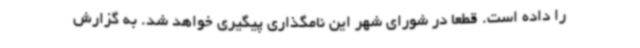
را داده است. قطعا در شورای شهر این نامگذاری پیگیری خواهد شد. به گزارش